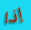
إذا